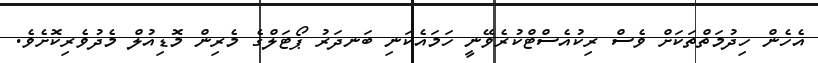
އެހެން ހިދުމަތްތަކަށް ވެސް ރިކުއެސްޓްކުރެވޭނީ ހަމައެކަނި ބަނދަރު ޕޯޓަލްގެ މެރިން މޮޑިއުލް މެދުވެރިކޮށެވެ.